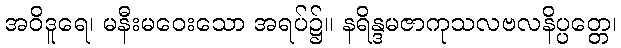
အဝိဒူရေ၊ မနီးမဝေးသော အရပ်၌။ နရိန္ဒမဇာကုသလဗလနိပ္ပတ္တေ၊